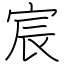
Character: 宸